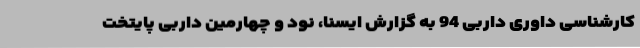
کارشناسی داوری داربی 94 به گزارش ایسنا، نود و چهارمین داربی پایتخت